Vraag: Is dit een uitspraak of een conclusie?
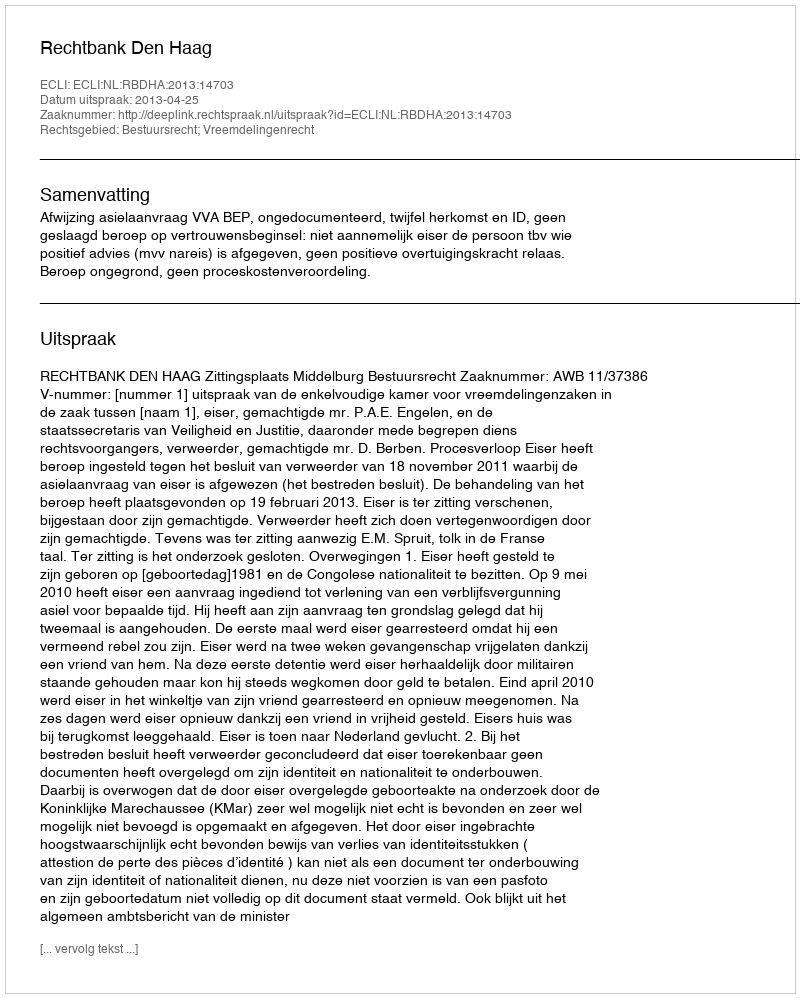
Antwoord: Uitspraak